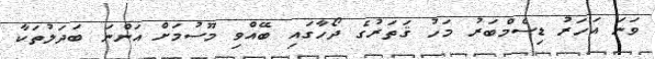
ވަނަ އަހަރު ޑިސެމްބަރު މަހު ޤަތަރުގެ ދޯހާގައި ބޭއްވި މޫސުމަށް އަންނަ ބަދަލުތަކާ